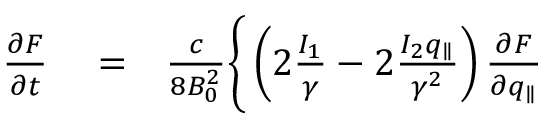
\begin{array} { r l r } { \frac { \partial F } { \partial t } } & { { } = } & { \frac { c } { 8 B _ { 0 } ^ { 2 } } \Bigg \lbrace \left( 2 \frac { I _ { 1 } } { \gamma } - 2 \frac { I _ { 2 } q _ { \parallel } } { \gamma ^ { 2 } } \right) \frac { \partial F } { \partial q _ { \parallel } } } \end{array}